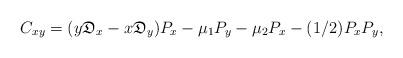
LaTeX: \begin{align*} C_{xy} &= (y\mathfrak{D}_x - x\mathfrak{D}_y)P_x -\mu_1 P_y - \mu_2 P_x - (1/2) P_x P_y,\end{align*}